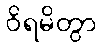
ဝိရမိတွာ